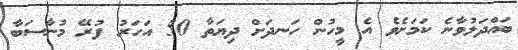
ބައްދަލުވާނެ ކަމަށެވެ އެ މީހުން ހަނދަށް ދިޔަތާ 50 އަހަރު ފުރޭ މުނާސަބާ